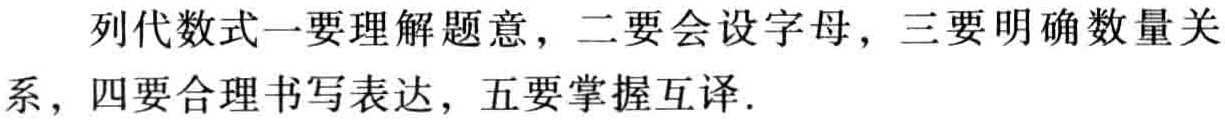
列代数式一要理解题意，二要会设字母，三要明确数量关系，四要合理书写表达，五要掌握互译.